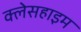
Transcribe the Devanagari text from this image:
क्लेसहाइम